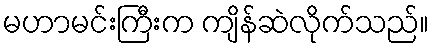
မဟာမင်းကြီးက ကျိန်ဆဲလိုက်သည်။